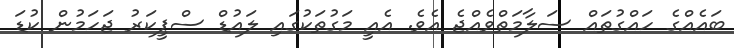
ބައެއްގެ ހައްގުތައް ސަލާމަތްވެއްޖެ އެވެ. އެއީ މަގުތަކުގައި ލައުޑް ސްޕީކަރު ޖަހަމުން ކުޑަ